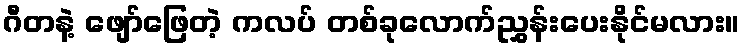
ဂီတနဲ့ ဖျော်ဖြေတဲ့ ကလပ် တစ်ခုလောက်ညွှန်းပေးနိုင်မလား။